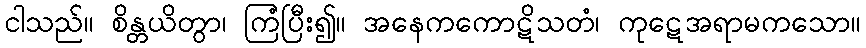
ငါသည်။ စိန္တယိတွာ၊ ကြံပြီး၍။ အနေကကောဋိသတံ၊ ကုဋေအရာမကသော။